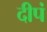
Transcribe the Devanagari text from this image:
दीपं